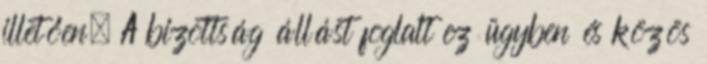
illetően. A bizottság állást foglalt ez ügyben és közös